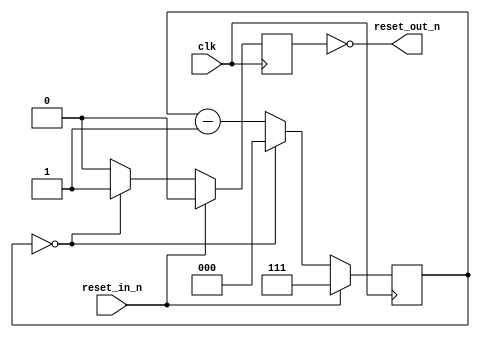
module clock_reset
(
    input clk,
    input reset_in_n,
    
    output reset_out_n
);

reg [2:0] cnt;
reg rdy;

initial begin
    cnt = 3'b111;   // init with max delay
    rdy = 1'b0; // not ready
end

always @(posedge clk) begin
    if (reset_in_n) begin
        cnt <= 3'b111; // reset
        rdy = 1'b0;
    end else if (cnt == 3'b0) begin 
        cnt <= 3'b000;
        rdy <= 1'b1;
    end else begin
        cnt <= cnt - 1'b1;
        rdy <= 1'b0;
    end
end

assign reset_out_n = !rdy;

endmodule